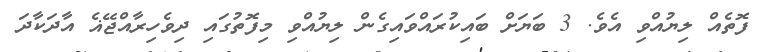
ފޮތެއް ލިޔުއްވި އެވެ. 3 ބަޔަށް ބައިކުރައްވައިގެން ލިޔުއްވި މިފޮތުގައި ދިވެހިރާއްޖޭޣެ އާދަކާދަ